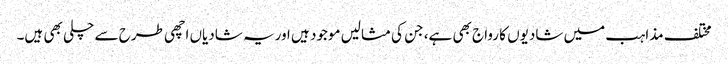
مختلف مذاہب میں شادیوں کا رواج بھی ہے، جن کی مثالیں موجود ہیں اوریہ شادیاں اچھی طرح سے چلی بھی ہیں۔